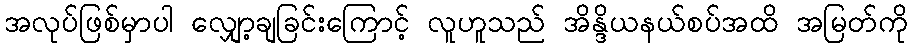
အလုပ်ဖြစ်မှာပါ လျှော့ချခြင်းကြောင့် လူဟူသည် အိန္ဒိယနယ်စပ်အထိ အမြတ်ကို